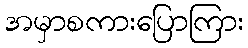
အမှာစကားပြောကြား